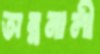
অন্ননালী